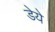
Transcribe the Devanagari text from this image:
डेये